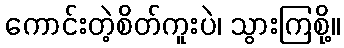
ကောင်းတဲ့စိတ်ကူးပဲ၊ သွားကြစို့။